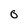
Character: 0